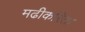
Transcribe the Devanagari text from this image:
मढीकरिता